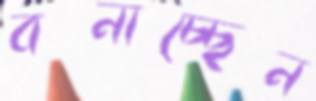
বনাচ্ছেন